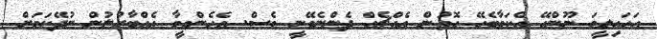
އަހައިލީމަ ނޫންހޭ އެކަމާބެހޭ ގޮތުން އެއްޗެއް ދެންނެވޭނީ ވެސް. އެހެންވީމާ އެއްބާރުލުން ނުދޭކަމަށް